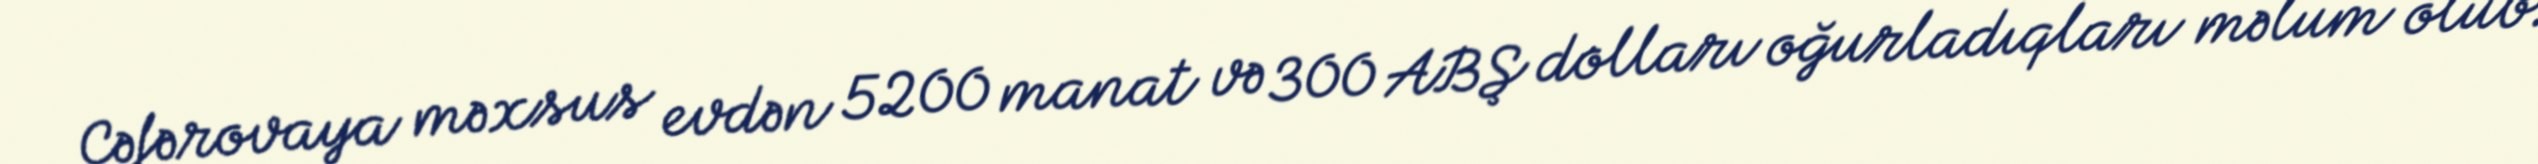
Cəfərovaya məxsus evdən 5200 manat və 300 ABŞ dolları oğurladıqları məlum olub.